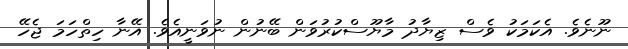
ނޫނެވެ. އެކަމަކު ވެސް ޒިޔާދު މާޔޫސްކުރުވަން ބޭނުން ނުވަނީއެވެ. އޭނާ ހިތްހަމަ ޖެހޭ